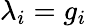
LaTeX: \lambda_{i}=g_{i}